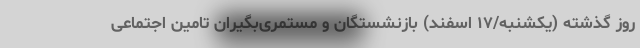
روز گذشته (یکشنبه/۱۷ اسفند) بازنشستگان و مستمری‌بگیران تامین اجتماعی